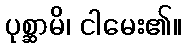
ပုစ္ဆာမိ၊ ငါမေး၏။